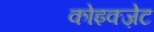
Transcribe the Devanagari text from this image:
कोइक्ज़ेट